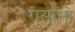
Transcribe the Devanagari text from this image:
गुसानो